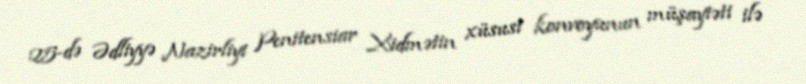
25-də Ədliyyə Nazirliyi Penitensiar Xidmətin xüsusi konvoyunun müşayiəti ilə